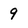
Character: 9